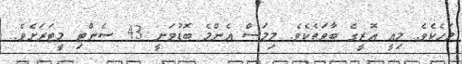
މަހެކެވެ. މިއީ އޮރީގެ ބާވަތެކެވެ. މިމަސް އެންމެ ބޮޑުވަނީ 43 ސެންޓި މީޓަރަށެވެ.